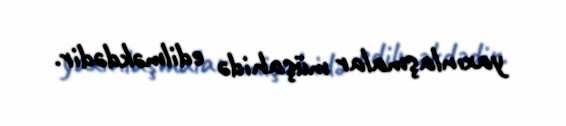
yaxınlaşmalar müşahidə edilməkdədir.